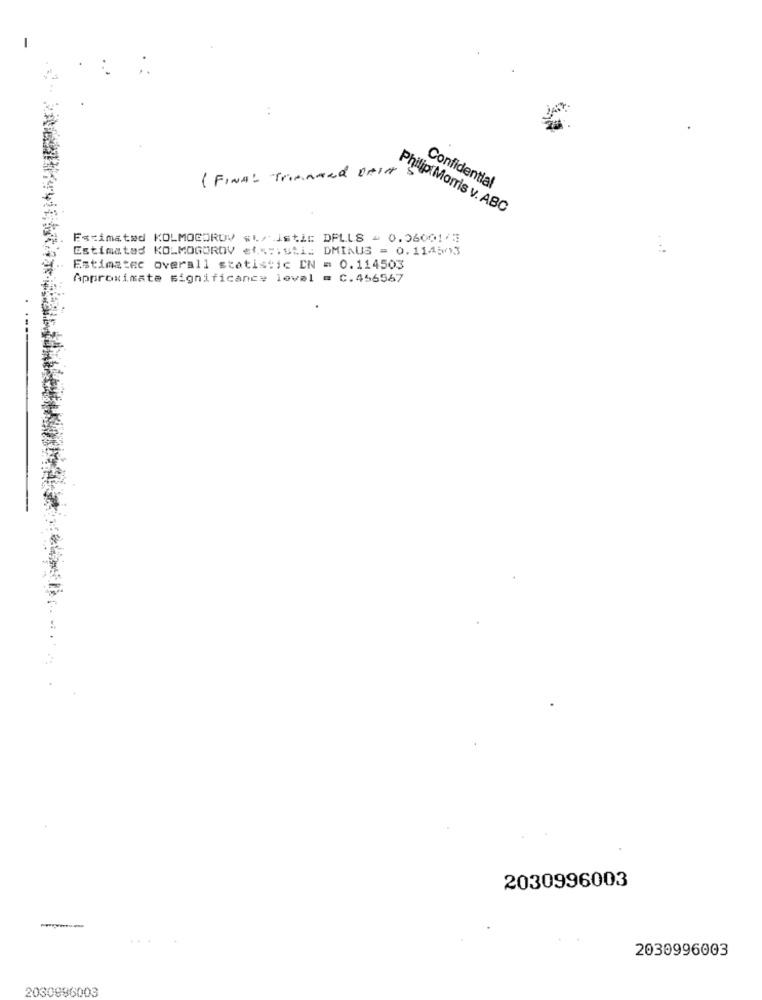
( FINAL Tranmed DATA
Confidential
Philip Morris v. ABC
Estimated KOLMOGOROV #L, istic DPLLS = 0.06001/5
Estimates KOLMOGOROV et .:. Sti. DMINUS = 0.114503
Estimater overall statistic IN = 0.114503
Approximate significance level = C.456567
2030996003
..
2030996003
2030896003